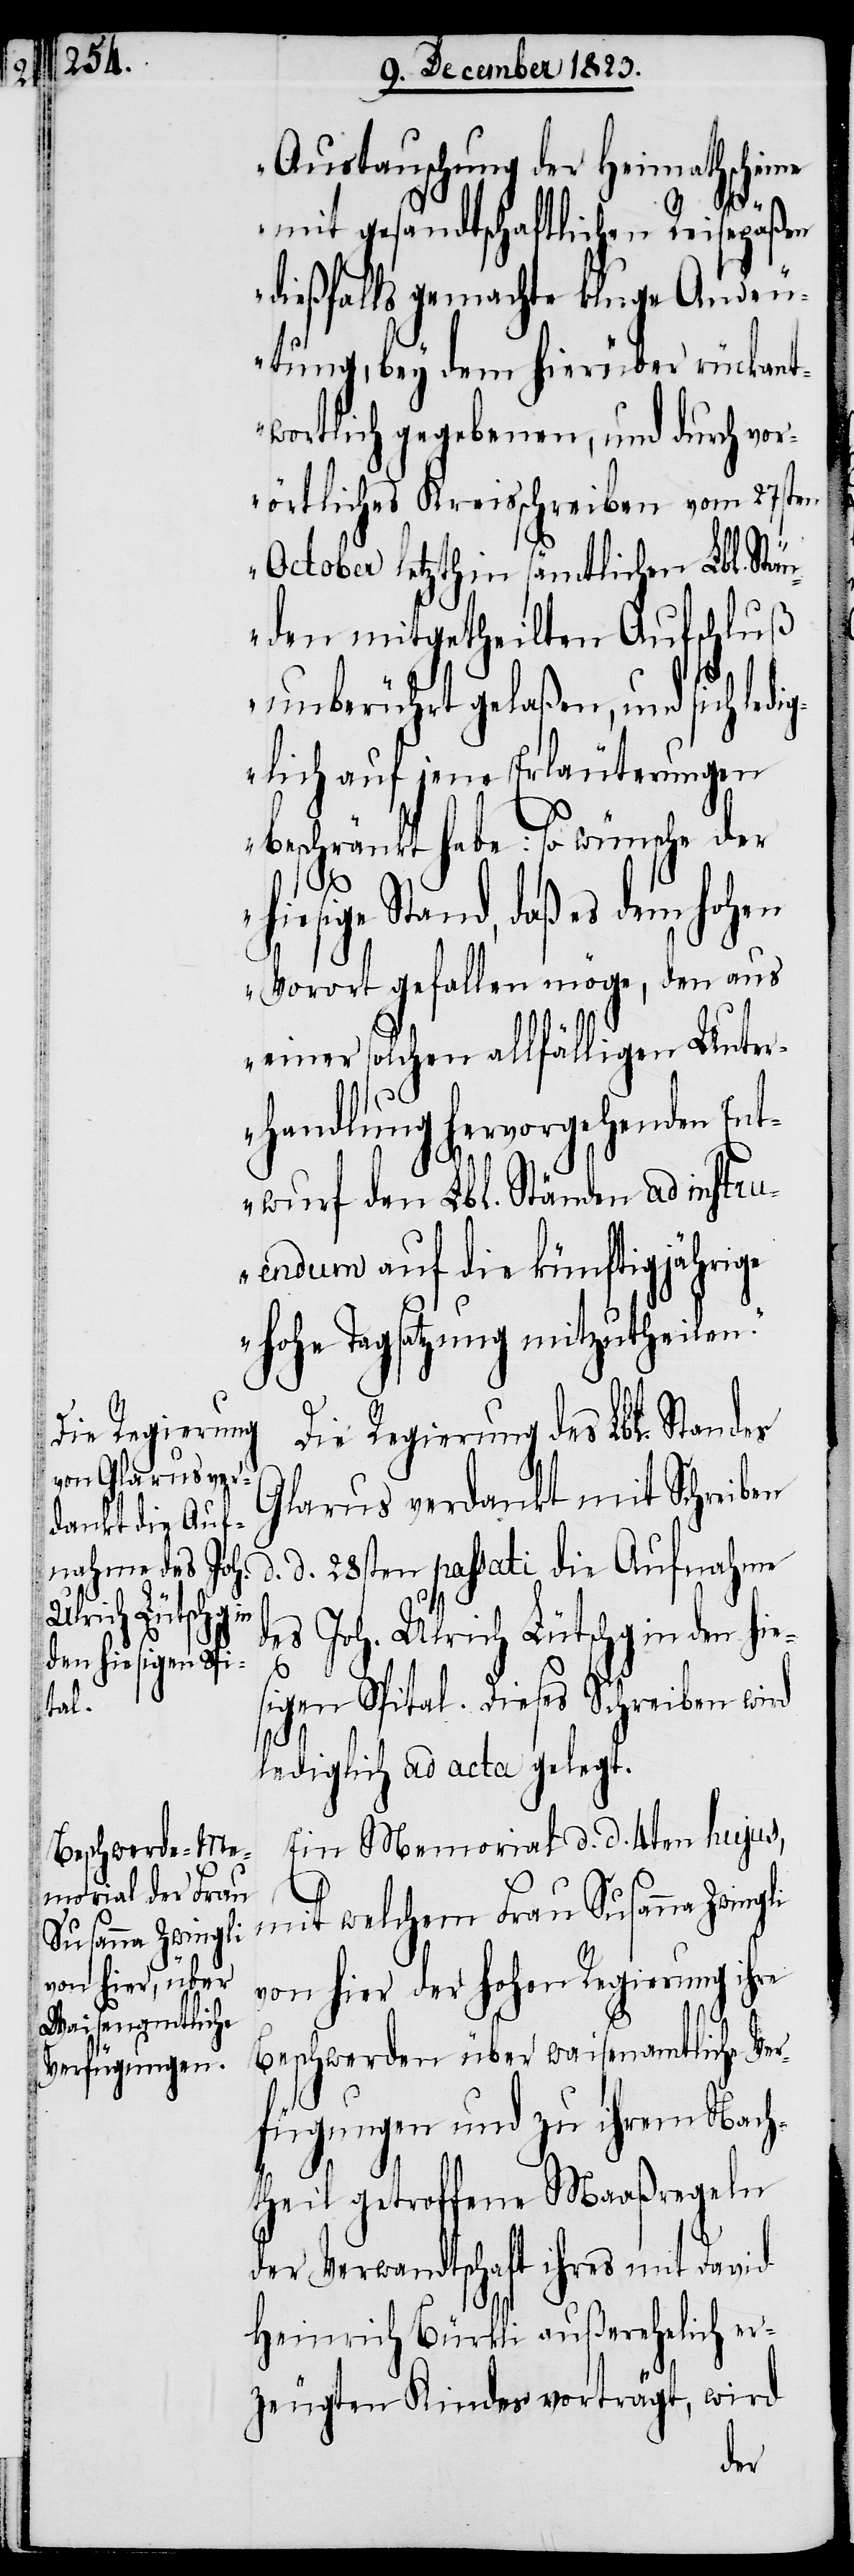
Austauschung der Heimathscheine
d¬
mit gesandtschaftlichen Reisepäßen
dießfalls gemachte kluge Andeu¬
tung, bey dem hierüber rückant¬
wortlich gegebenen, und durch vor¬
örtliches Kreisschreiben vom 27sten
October letzthin sämtlichen Lbl. Stä¬
nden mitgetheilten Aufschluß
unberührt gelaßen, und sich led¬
iglich auf jene Erläuterungen
beschränkt habe: so wünsche der
sige Stand, daß es dem hohen
Vorort gefallen möge, den aus
einer solchen allfälligen Unter¬
handlung hervorgehenden Ent¬
wurf den Lbl. Ständen ad instru¬
endum auf die künftigjährige
hohe Tagsatzung mitzutheilen.“
Die Regierung des Lbl. Standes
Glarus verdankt mit Schreiben
d. d. 28sten passati die Aufnahme
es Joh. Ulrich Lütschg in den hie¬
sigen Spital. Dieses Schreiben wird
lediglich ad acta gelegt.
Ein Memorial d. d. 4ten hujus,
mit welchem Frau Susanna Zwingli
von hier der hohen Regierung ihre
Beschwerden über waisenamtliche Ver¬
fügungen und zu ihrem Nach¬
theil getroffene Maaßregeln
der Verwandtschaft ihres mit David
Heinrich Bürkli außerehelich er¬
zeugten Kindes vorträgt, wird